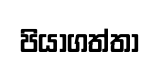
පියාගත්තා